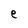
Character: e